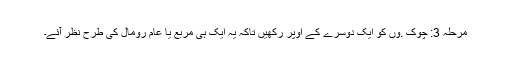
مرحلہ 3: چوک .وں کو ایک دوسرے کے اوپر رکھیں تاکہ یہ ایک ہی مربع یا عام رومال کی طرح نظر آئے۔